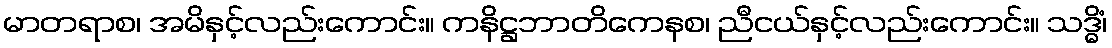
မာတရာစ၊ အမိနှင့်လည်းကောင်း။ ကနိဋ္ဌဘာတိကေနစ၊ ညီငယ်နှင့်လည်းကောင်း။ သဒ္ဓိံ၊